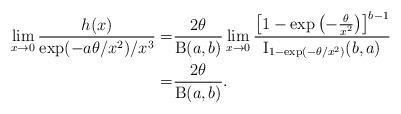
LaTeX: \begin{align*}\lim_{x\to0}\frac{h(x)}{ \exp(-a\theta/x^2) / x^3}=&\frac{2\theta}{\operatorname{B}(a,b)}\lim_{x\to0}\frac{\left[ 1-\exp\left(-\frac{\theta}{x^2}\right) \right]^{b-1}}{\operatorname{I}_{1-\exp(-\theta/x^2)}(b,a)}\\=&\frac{2\theta}{\operatorname{B}(a,b)}.\end{align*}